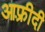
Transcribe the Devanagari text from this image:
आफ़्रीदी